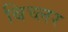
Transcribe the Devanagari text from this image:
बिच्लर